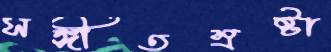
সঙ্গীতস্রষ্টা